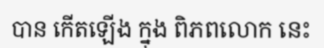
បាន កើតឡើង ក្នុង ពិភពលោក នេះ